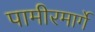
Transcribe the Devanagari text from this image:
पामीरमार्गे